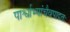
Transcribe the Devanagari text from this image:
पार्श्वाभ्यांचैवपादतः